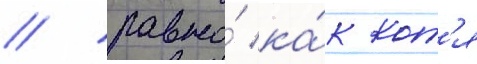
/ равно́ ка́к кот'я